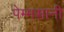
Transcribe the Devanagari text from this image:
पेम्मसानी